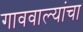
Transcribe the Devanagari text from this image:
गाववाल्यांचा